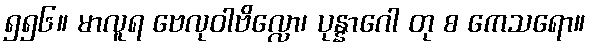
၅၅၆။ မာလူရ ဗေလုဝါဗိလ္လော၊ ပုန္နာဂေါ တု စ ကေသရော။